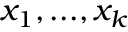
x _ { 1 } , . . . , x _ { k }